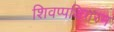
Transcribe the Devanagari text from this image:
शिवप्पथिगरम